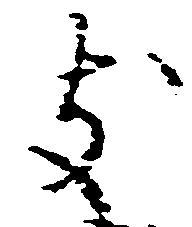
支